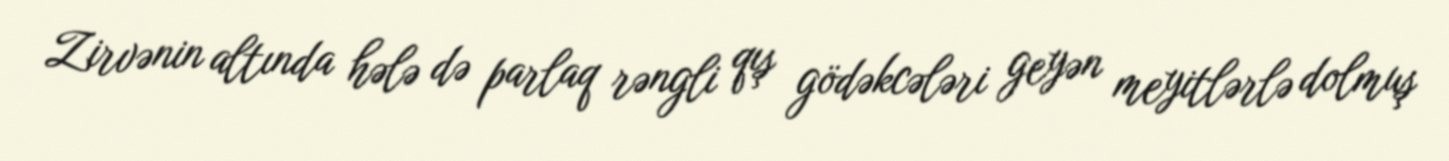
Zirvənin altında hələ də parlaq rəngli qış gödəkcələri geyən meyitlərlə dolmuş